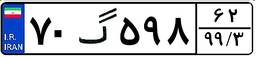
۷۰گ۵۹۸۶۲